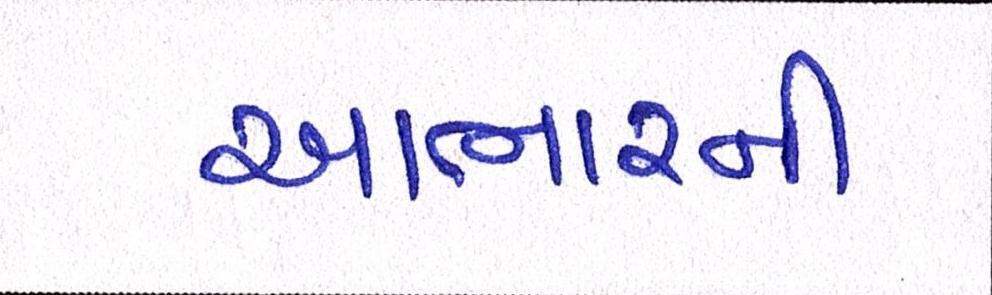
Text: આભારની